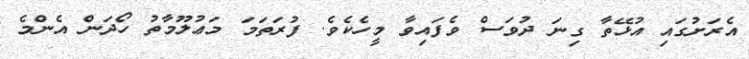
އެރަށުގައި އުޅޭތާ ގިނަ ދުވަސް ވެފައިވާ މީހެކެވެ. ފުރަތަމަ މަޢުލޫމާތު ހޯދަން އެންމެ